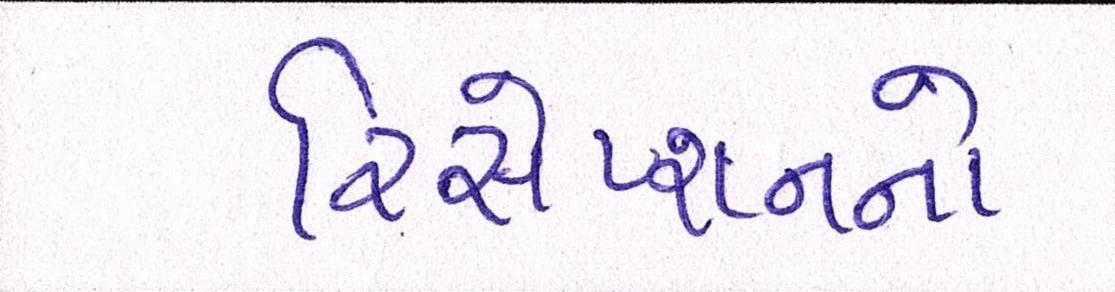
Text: રિસેપ્શનનો